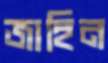
জাহিন